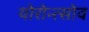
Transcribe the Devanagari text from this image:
योरोन्त्सोव